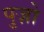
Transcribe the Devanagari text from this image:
पुज़ो